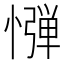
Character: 𢠤